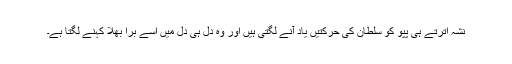
نشہ اترتے ہی پپو کو سلطان کی حرکتیں یاد آنے لگتی ہیں اور وہ دل ہی دل میں اسے برا بھلا کہنے لگتا ہے۔